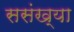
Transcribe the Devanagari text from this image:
ससंख्या